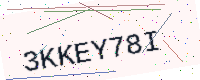
Text: 3KKEY78I